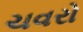
ચવરો